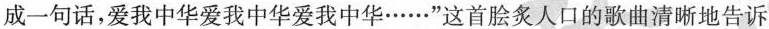
成一句话，爱我中华爱我中华爱我中华……”这首脍炙人口的歌曲清晰地告诉